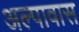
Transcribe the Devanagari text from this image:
अल्पावास